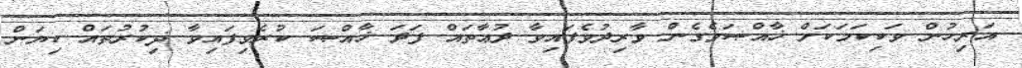
އަރިހުން ވަކިކަމަކަށް ޚާއްޞަވެގެން ވާރިދުވެފައިވާ ދުޢާތައް ފަދަ ޚާއްޞަ ކުރެވިފައިވާ ޛިކުރުތައް ކިޔަން